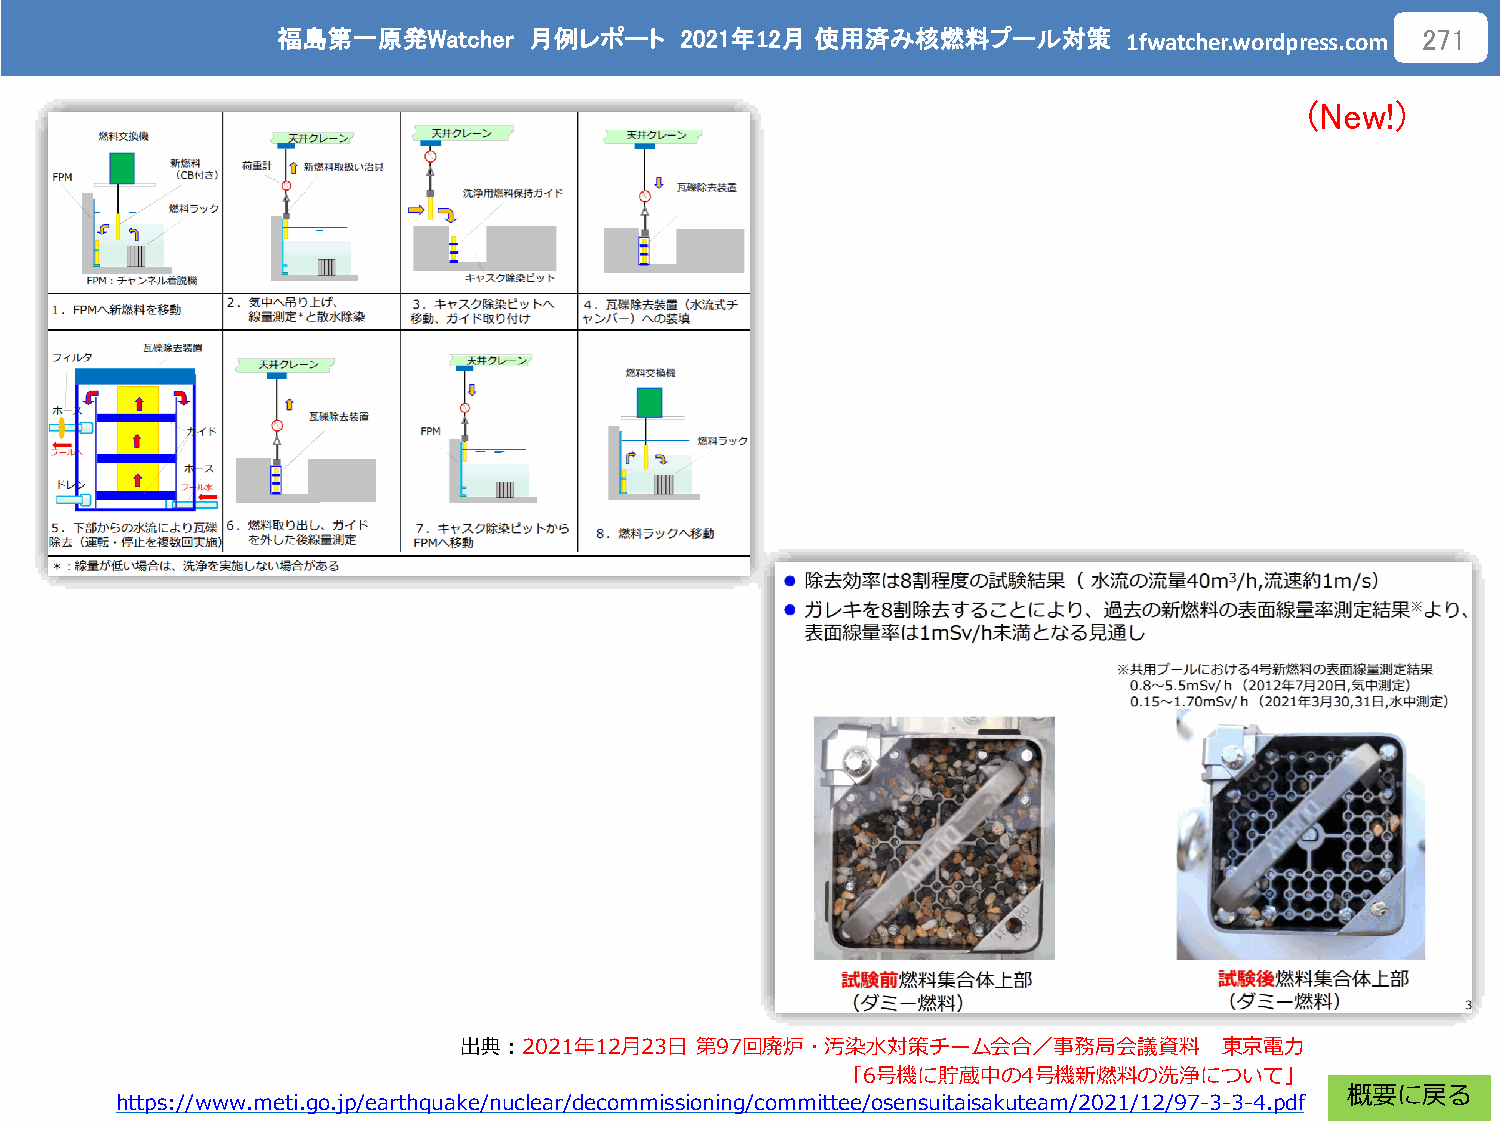
福島第一原発Watcher    月例レポート    2021年12月 使用済み核燃料プール対策
 1fwatcher.wordpress.com
 271
 (New!)
 出典：2021年12月23日  第97回廃炉・汚染水対策チーム会合／事務局会議資料          東京電力
 「6号機に貯蔵中の4号機新燃料の洗浄について」
 概要に戻る
 https://www.meti.go.jp/earthquake/nuclear/decommissioning/committee/osensuitaisakuteam/2021/12/97-3-3-4.pdf